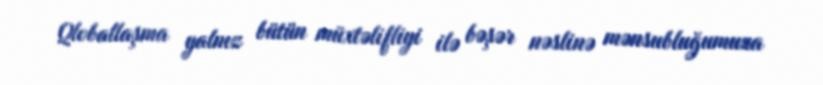
Qloballaşma yalnız bütün müxtəlifliyi ilə bəşər nəslinə mənsubluğumuza